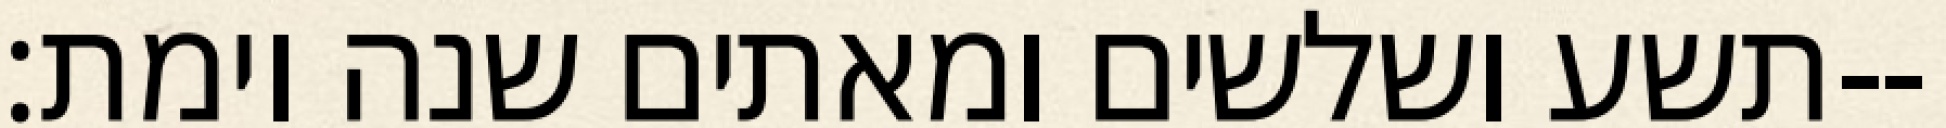
תשע ושלשים ומאתים שנה וימת׃--